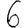
Digit: 6